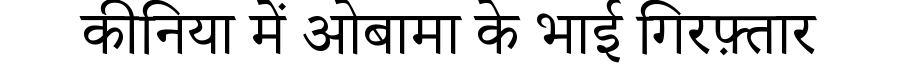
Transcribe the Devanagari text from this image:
कीनिया में ओबामा के भाई गिरफ़्तार